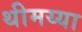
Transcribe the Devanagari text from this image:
थीमय्या